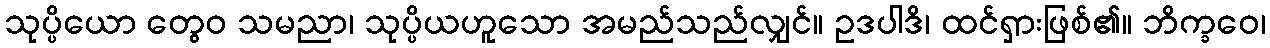
သုပ္ပိယော တွေဝ သမညာ၊ သုပ္ပိယဟူသော အမည်သည်လျှင်။ ဥဒပါဒိ၊ ထင်ရှားဖြစ်၏။ ဘိက္ခဝေ၊